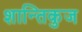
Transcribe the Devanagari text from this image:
शान्तिकुज